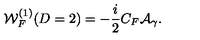
{ \cal W } _ { F } ^ { ( 1 ) } ( D = 2 ) = - \frac { i } { 2 } C _ { F } { \cal A } _ { \gamma } .